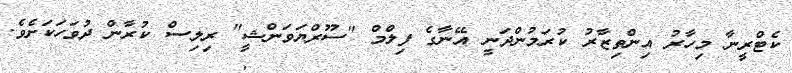
ކެޓްރީނާ މިހާރު އިންތިޒާރު ކުރަމުންދަނީ އޭނާގެ ފިލްމް "ސޫރްޔަވަންޝީ" ރިލިސް ކުރާން ދުވަހަކަށެވެ.